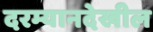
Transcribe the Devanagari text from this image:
दरम्यानदेखील